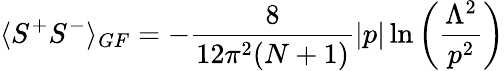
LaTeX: \langle S^{+}S^{-}\rangle_{GF}=-\frac{8}{12\pi^{2}(N+1)}\left|p\right|\ln\left(\frac{\Lambda^{2}}{p^{2}}\right)